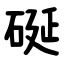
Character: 硟